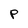
Character: P